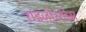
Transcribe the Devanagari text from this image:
राइज़ोस्टोम